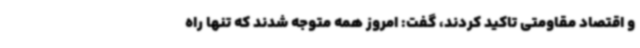
و اقتصاد مقاومتی تاکید کردند، گفت: امروز همه متوجه شدند که تنها راه